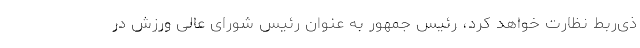
ذی‌ربط نظارت خواهد کرد، رئیس جمهور به عنوان رئیس شورای عالی ورزش در